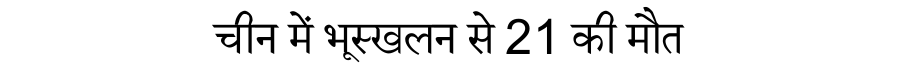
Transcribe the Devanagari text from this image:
चीन में भूस्खलन से 21 की मौत